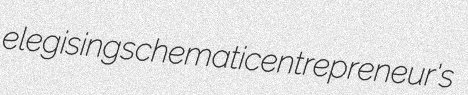
elegising schematic entrepreneur's